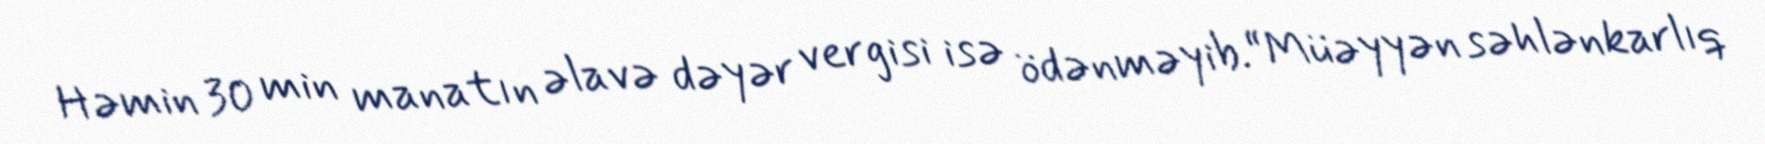
Həmin 30 min manatın əlavə dəyər vergisi isə ödənməyib.“Müəyyən səhlənkarlıq